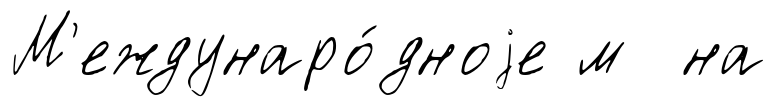
М'еждунаро́дноjе м на